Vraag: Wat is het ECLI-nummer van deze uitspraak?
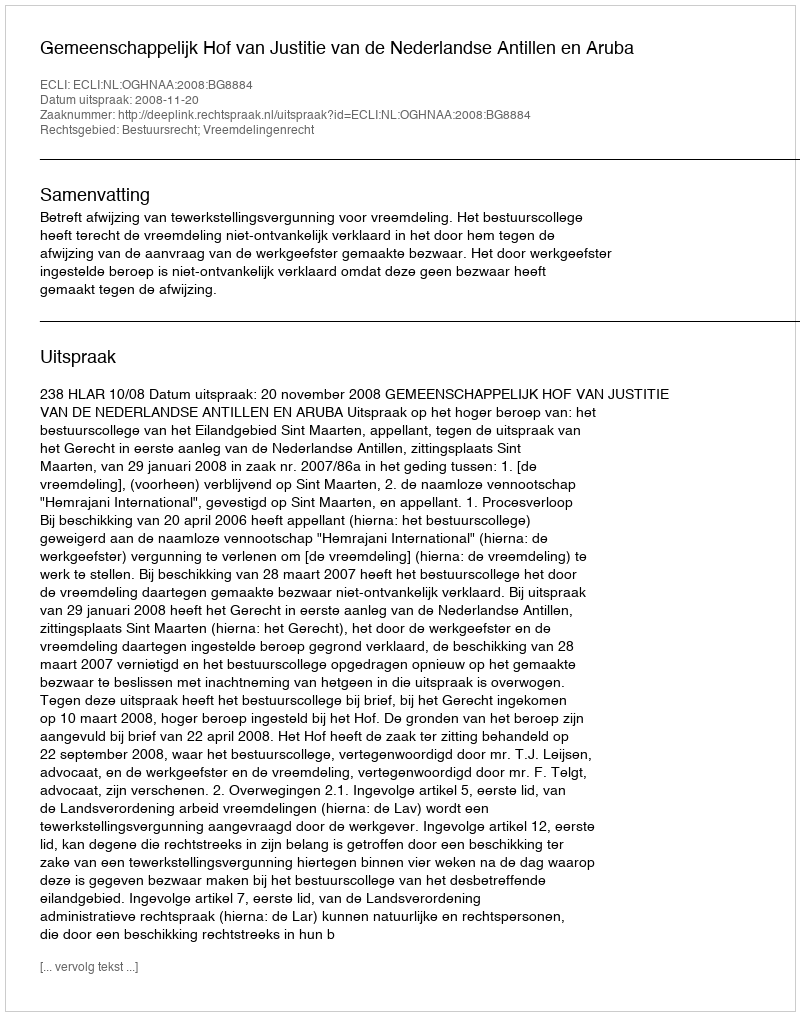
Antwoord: ECLI:NL:OGHNAA:2008:BG8884